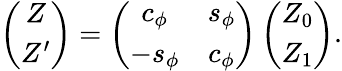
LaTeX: \left(\begin{array}{c}{{Z}}\\ {{Z^{\prime}}}\end{array}\right)=\left(\begin{array}{cc}{{c_{\phi}}}&{{s_{\phi}}}\\ {{-s_{\phi}}}&{{c_{\phi}}}\end{array}\right)\left(\begin{array}{c}{{Z_{0}}}\\ {{Z_{1}}}\end{array}\right).